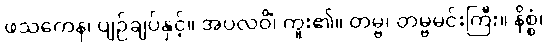
ဖသကေန၊ ပျဉ်ချပ်နှင့်။ အပလဝိံ၊ ကူး၏။ တမ္ဗ၊ တမ္ဗမင်းကြီး။ နိစ္စံ၊